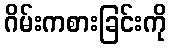
ဂိမ်းကစားခြင်းကို